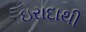
ઇરાદાથી